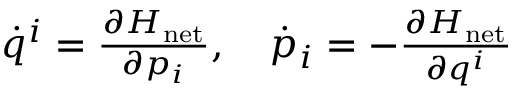
\begin{array} { r } { \dot { q } ^ { i } = \frac { \partial H _ { \mathrm { n e t } } } { \partial p _ { i } } , \quad \dot { p } _ { i } = - \frac { \partial H _ { \mathrm { n e t } } } { \partial q ^ { i } } } \end{array}